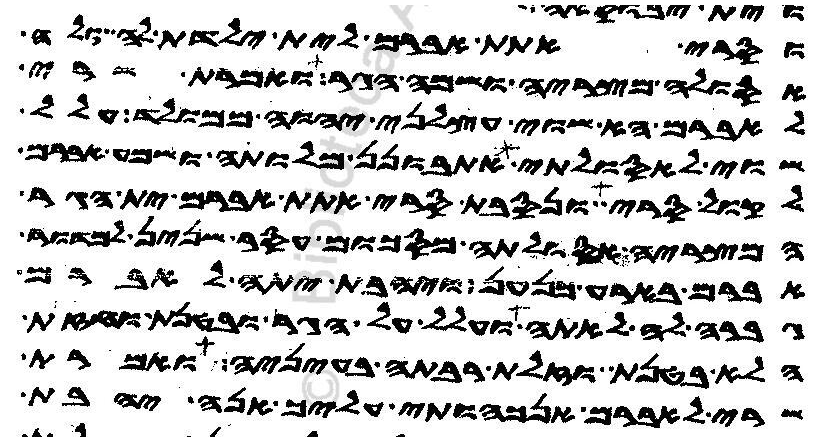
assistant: וסרי אתת אברם לית ילדת לה ולה
אסולה מצריה ושמה הגר ואמרת שרי
לאברם הא שוי עצלני יהוה ממולד עלל
שוי לאסולתי אתבונן מלותה ושמע אברם
לקול סרי ונסבת סרי אתת אברם ית הגר
המצריה אסולתה מסכום עסר שנין למדור
אברם בארע כנען ויהבת יתה לאברם
גברה לה לאתה ועלל על הגר ובטנת וחזת
הלא בטנת וזלת רבתה בעיניה ואמרת
שרי לאברם אנכהותי עליך אנה יהבת